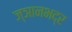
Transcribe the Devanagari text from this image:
ज्ञानभद्र